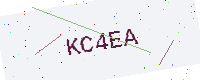
Text: KC4EA